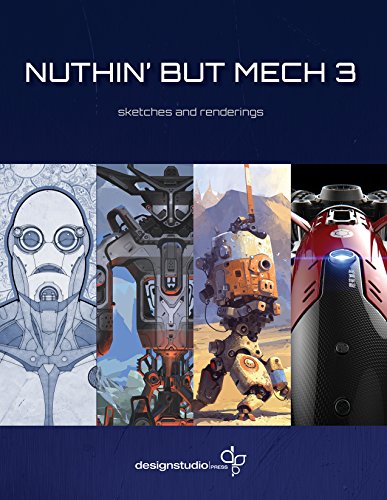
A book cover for Nuthin' But Mech Vol. 3; Arts & Photography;